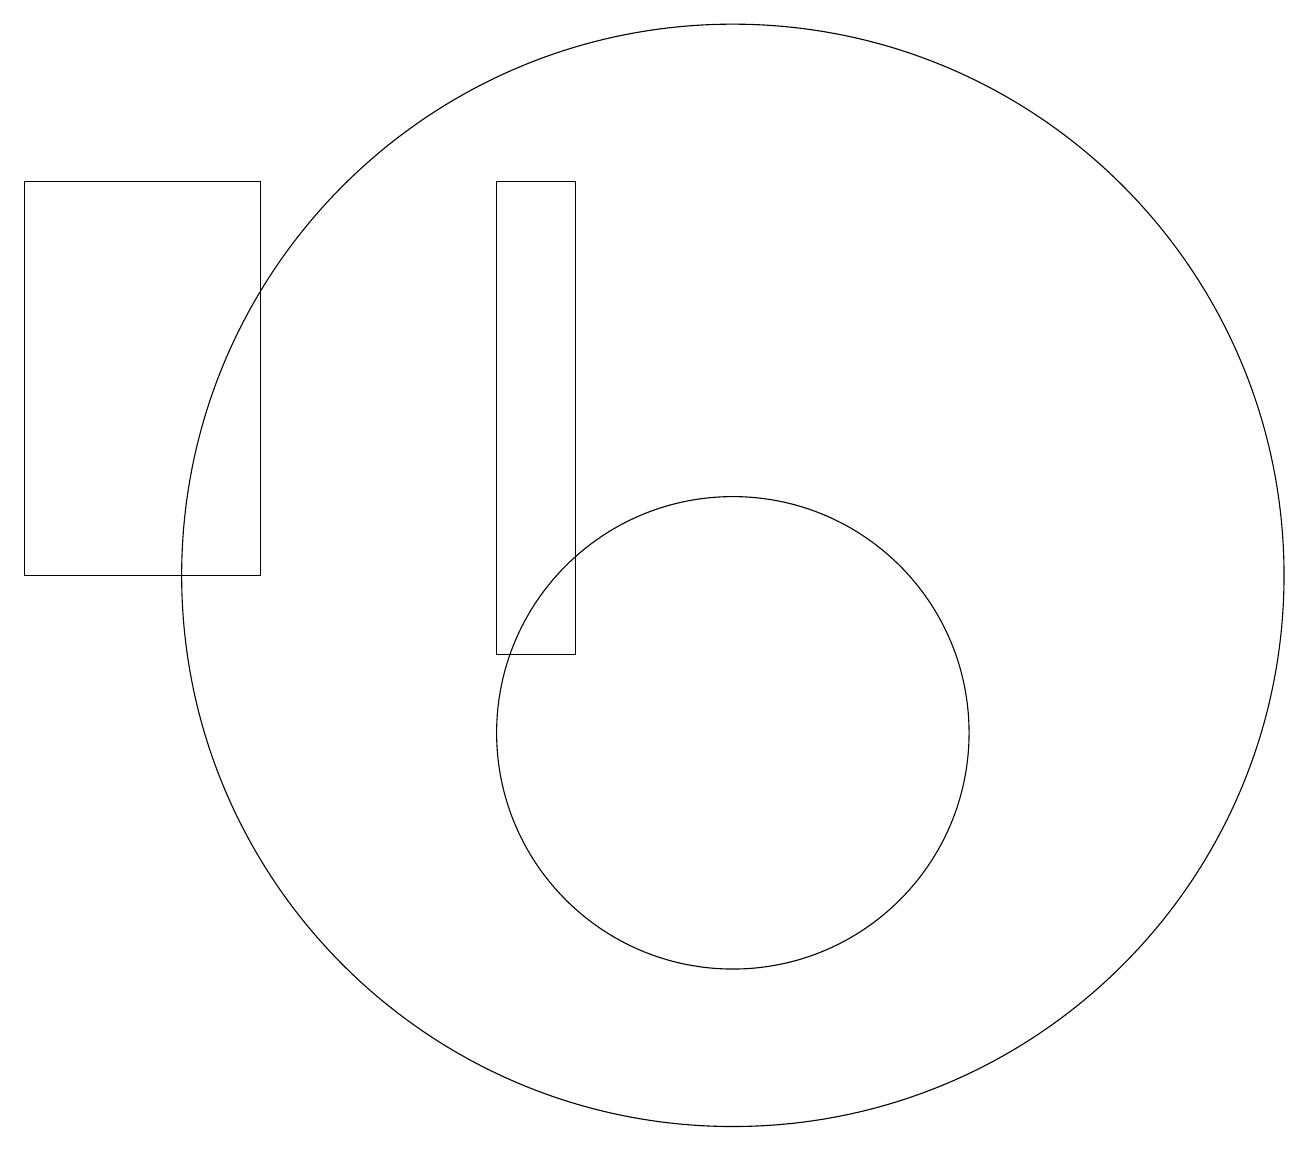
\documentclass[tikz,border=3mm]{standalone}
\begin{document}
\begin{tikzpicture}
\draw (11,10) circle (3);
\draw (2,17) rectangle (5,12);
\draw (11,12) circle (7);
\draw (9,11) rectangle (8,17);
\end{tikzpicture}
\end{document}